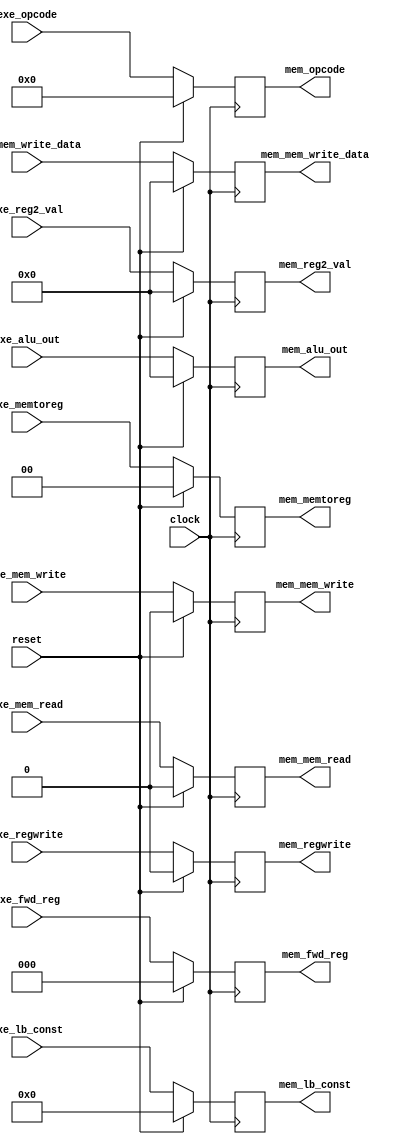
module EXE_MEM_Buffer(clock,reset,exe_alu_out,exe_reg2_val,exe_fwd_reg,exe_lb_const,
								mem_alu_out,mem_reg2_val,mem_fwd_reg,mem_lb_const,exe_mem_read,
								exe_mem_write,exe_memtoreg,exe_regwrite,mem_mem_read,mem_mem_write,
								mem_memtoreg,mem_regwrite,exe_opcode,mem_opcode,exe_mem_write_data,
								mem_mem_write_data
    );
	 
	input clock,reset;
	input exe_regwrite,exe_mem_read,exe_mem_write;
	input [1:0] exe_memtoreg;
	input [2:0] exe_fwd_reg;
	input [7:0] exe_lb_const;
	input [15:0] exe_alu_out,exe_reg2_val;
	input [3:0] exe_opcode;
	input [15:0] exe_mem_write_data;
	 
	output reg mem_regwrite,mem_mem_read,mem_mem_write;
	output reg [1:0] mem_memtoreg;
	output reg [2:0] mem_fwd_reg;
	output reg [7:0] mem_lb_const;
	output reg [15:0] mem_alu_out,mem_reg2_val;
	output reg [3:0] mem_opcode;
	output reg [15:0] mem_mem_write_data;
	 
	always@(posedge clock) begin
		if(reset)
			mem_alu_out = 'd0;
		else
			mem_alu_out = exe_alu_out;
	end
	
	always@(posedge clock) begin
		if(reset)
			mem_reg2_val = 'd0;
		else
			mem_reg2_val = exe_reg2_val;
	end
	
	always@(posedge clock) begin
		if(reset)
			mem_fwd_reg = 'd0;
		else
			mem_fwd_reg = exe_fwd_reg;
	end
	
	always@(posedge clock) begin
		if(reset)
			mem_lb_const = 'd0;
		else
			mem_lb_const = exe_lb_const;
	end
	
	always@(posedge clock) begin
		if(reset)
			mem_mem_read = 'd0;
		else
			mem_mem_read = exe_mem_read;
	end
	
	always@(posedge clock) begin
		if(reset)
			mem_memtoreg = 'd0;
		else
			mem_memtoreg = exe_memtoreg;
	end
	
	always@(posedge clock) begin
		if(reset)
			mem_mem_write = 'd0;
		else
			mem_mem_write = exe_mem_write;
	end
	
	always@(posedge clock) begin
		if(reset)
			mem_regwrite = 'd0;
		else
			mem_regwrite = exe_regwrite;
	end

	always@(posedge clock) begin
		if(reset)
			mem_opcode = 'd0;
		else
			mem_opcode = exe_opcode;
	end
	
	always@(posedge clock) begin
		if(reset)
			mem_mem_write_data = 'd0;
		else
			mem_mem_write_data = exe_mem_write_data;
	end
	
endmodule